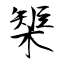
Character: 榘